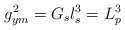
\begin{align*}g_{ym}^{2}=G_{s} l_{s}^{3}=L_{p}^{3}\end{align*}